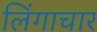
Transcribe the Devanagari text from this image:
लिंगाचार